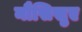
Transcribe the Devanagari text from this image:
नौसिखुए